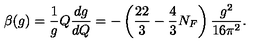
\beta ( g ) = \frac { 1 } { g } Q \frac { d g } { d Q } = - \left( \frac { 2 2 } { 3 } - \frac { 4 } { 3 } N _ { F } \right) \frac { g ^ { 2 } } { 1 6 \pi ^ { 2 } } .